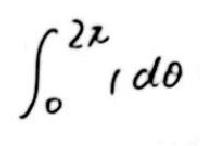
\(\int_{0}^{2\pi} 1 d\theta\)